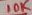
Text: 10K